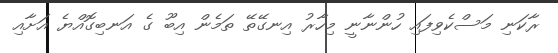
ރާކަނި މަސްކެވިފައި ހުންނާނީ މިހާރު އިނގޭތޭ ތަމެން އިބޫ ގެ އަނބިގޮއްޔެ އަށާއި